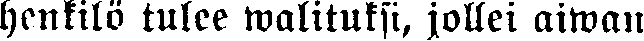
henkilö tulee walituksi, jollei aiwan